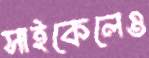
সাইকেলেও